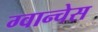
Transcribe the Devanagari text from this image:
ग्वान्चेस